Annual administration report of the Civil Veterinary Department of India - 1896-1897
Year: 1896
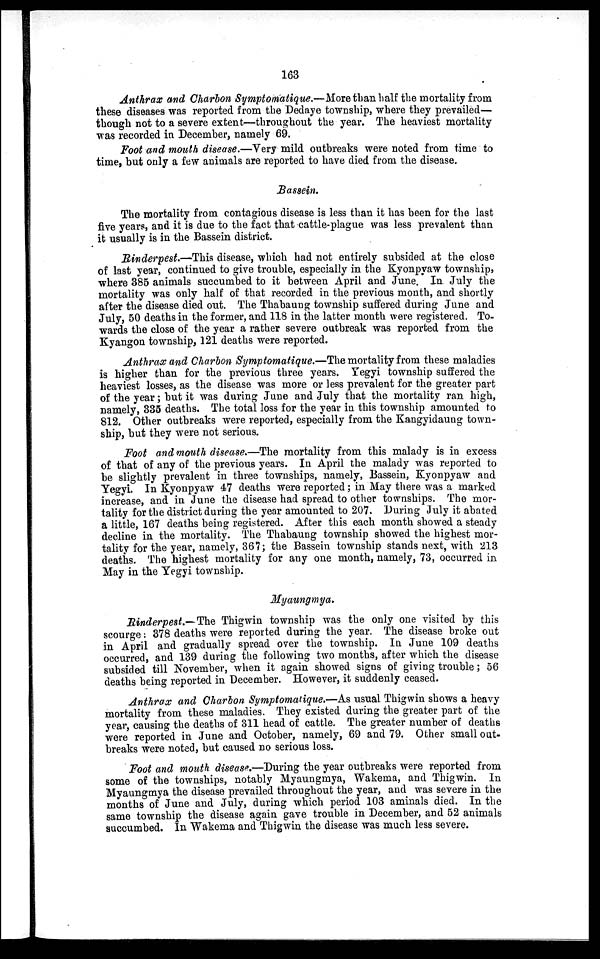
163
Anthrax and Charbon Symptomatique.—More than half the mortality from
these diseases was reported from the Dedaye township, where they prevailed—
though not to a severe extent—throughout the year. The heaviest mortality
was recorded in December, namely 69.
Foot and mouth disease.—Very mild outbreaks were noted from time to
time, but only a few animals are reported to have died from the disease.
Bassein.
The mortality from contagious disease is less than it has been for the last
five years, and it is due to the fact that cattle-plague was less prevalent than
it usually is in the Bassein district.
Rinderpest.—This disease, which had not entirely subsided at the close
of last year, continued to give trouble, especially in the Kyonpyaw township,
where 385 animals succumbed to it between April and June. In July the
mortality was only half of that recorded in the previous month, and shortly
after the disease died out. The Thabaung township suffered during June and
July, 50 deaths in the former, and 118 in the latter month were registered. To-
wards the close of the year a rather severe outbreak was reported from the
Kyangon township, 121 deaths were reported.
Anthrax and Charbon Symptomatique.—The mortality from these maladies
is higher than for the previous three years. Yegyi township suffered the
heaviest losses, as the disease was more or less prevalent for the greater part
of the year; but it was during June and July that the mortality ran high,
namely, 335 deaths. The total loss for the year in this township amounted to
812. Other outbreaks were reported, especially from the Kangyidaung town-
ship, but they were not serious.
Foot and mouth disease.—The mortality from this malady is in excess
of that of any of the previous years. In April the malady was reported to
be slightly prevalent in three townships, namely, Bassein, Kyonpyaw and
Yegyi. In Kyonpyaw 47 deaths were reported; in May there was a marked
increase, and in June the disease had spread to other townships. The mor-
tality for the district during the year amounted to 207. During July it abated
a little, 167 deaths being registered. After this each month showed a steady
decline in the mortality. The Thabaung township showed the highest mor-
tality for the year, namely, 367; the Bassein township stands next, with 213
deaths. The highest mortality for any one month, namely, 73, occurred in
May in the Yegyi township.
Myaungmya.
Rinderpest.—The Thigwin township was the only one visited by this
scourge: 378 deaths were reported during the year. The disease broke out
in April and gradually spread over the township. In June 109 deaths
occurred, and 139 during the following two months, after which the disease
subsided till November, when it again showed signs of giving trouble; 56
deaths being reported in December. However, it suddenly ceased.
Anthrax and Charbon Symptomatique.—As usual Thigwin shows a heavy
mortality from these maladies. They existed during the greater part of the
year, causing the deaths of 311 head of cattle. The greater number of deaths
were reported in June and October, namely, 69 and 79. Other small out-
breaks were noted, but caused no serious loss.
Foot and mouth disease.—During the year outbreaks were reported from
some of the townships, notably Myaungmya, Wakema, and Thigwin. In
Myaungmya the disease prevailed throughout the year, and was severe in the
months of June and July, during which period 103 aminals died. In the
same township the disease again gave trouble in December, and 52 animals
succumbed. In Wakema and Thigwin the disease was much less severe.